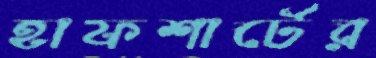
হাফশার্টের